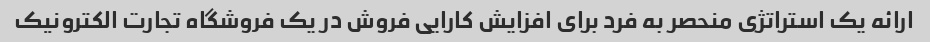
ارائه یک استراتژی منحصر به فرد برای افزایش کارایی فروش در یک فروشگاه تجارت الکترونیک